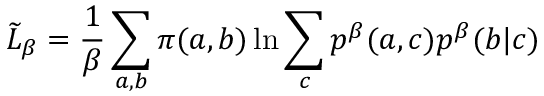
\widetilde L _ { \beta } = \frac { 1 } { \beta } \sum _ { a , b } \pi ( a , b ) \ln \sum _ { c } p ^ { \beta } ( a , c ) p ^ { \beta } ( b | c )